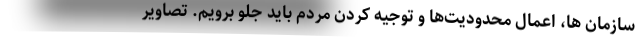
سازمان ها، اعمال محدودیت‌ها و توجیه کردن مردم باید جلو برویم. تصاویر